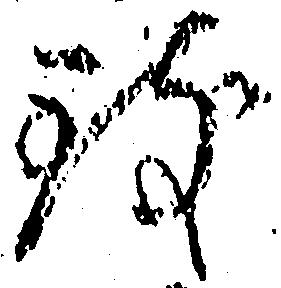
致